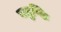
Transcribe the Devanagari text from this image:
चतुष्कि